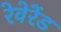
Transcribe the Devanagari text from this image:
रेवेरेंड